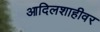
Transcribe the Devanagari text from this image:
आदिलशाहीवर